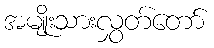
အမျိုးသားလွှတ်တော်